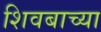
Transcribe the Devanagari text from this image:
शिवबाच्या